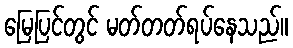
မြေပြင်တွင် မတ်တတ်ရပ်နေသည်။